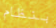
بنظام